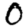
Digit: 0